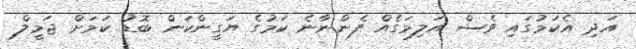
އަދި އެކަމުގައި ވެސް އަލިމަގެއް ފެންނާނެ ކަމުގެ ޔަގީންކަން ބޮޑު ކަމަށް ޖަމީލް